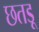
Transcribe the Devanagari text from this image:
छतड़ू